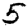
Digit: 5